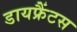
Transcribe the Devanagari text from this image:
डायफ्रैंटस